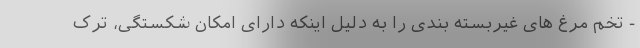
- تخم مرغ های غیربسته بندی را به دلیل اینکه دارای امکان شکستگی، ترک